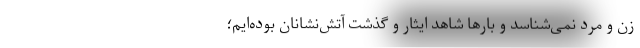
زن و مرد نمی‌شناسد و بارها شاهد ایثار و گذشت آتش‌نشانان بوده‌ایم؛